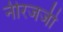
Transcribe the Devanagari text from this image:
नीरजजी